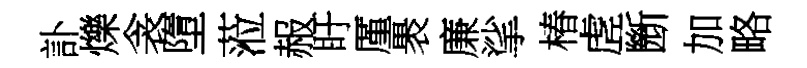
訃爍衾墮蒞赧盱厪褁廉挲椿虗㫁加略